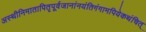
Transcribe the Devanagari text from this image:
अस्थीनिमातापितृपूर्वजानांनयंतिगंगामपियेकथंचित्